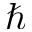
\hbar